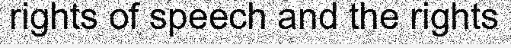
rights of speech and the rights